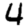
Digit: 4